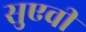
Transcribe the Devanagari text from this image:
सुएवी